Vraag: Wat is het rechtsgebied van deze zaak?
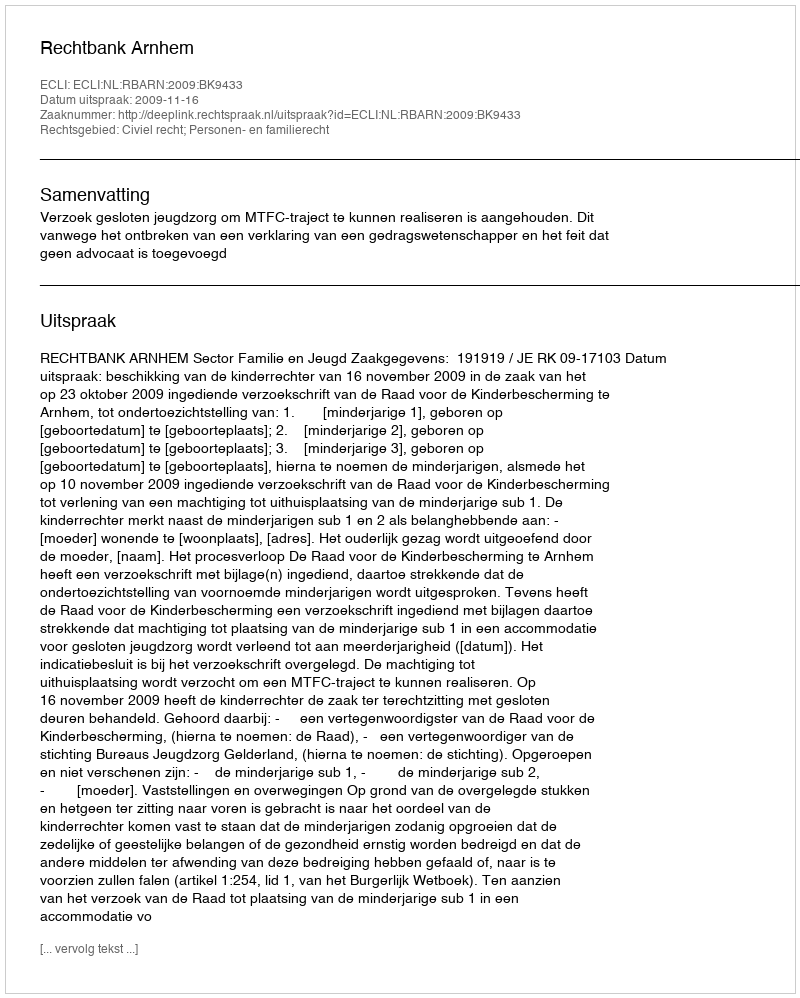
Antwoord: Civiel recht; Personen- en familierecht